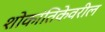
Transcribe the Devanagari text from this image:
शोकांतिकेवरील